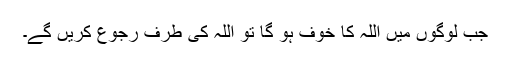
جب لوگوں میں اللہ کا خوف ہو گا تو اللہ کی طرف رجوع کریں گے۔